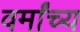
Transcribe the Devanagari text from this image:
वर्मांच्य